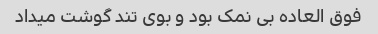
فوق العاده بی نمک بود و بوی تند گوشت میداد